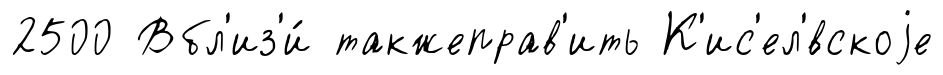
2500 Вбл'из'и́ такжеправ'ить К'ис'ел'́вскоjе